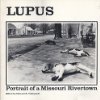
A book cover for Lupus: Portrait of a Missouri Rivertown; Edward R. Vidinghoff; Health, Fitness & Dieting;